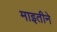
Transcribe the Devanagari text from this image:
माइतीने